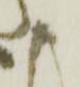
ま